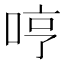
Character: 哼